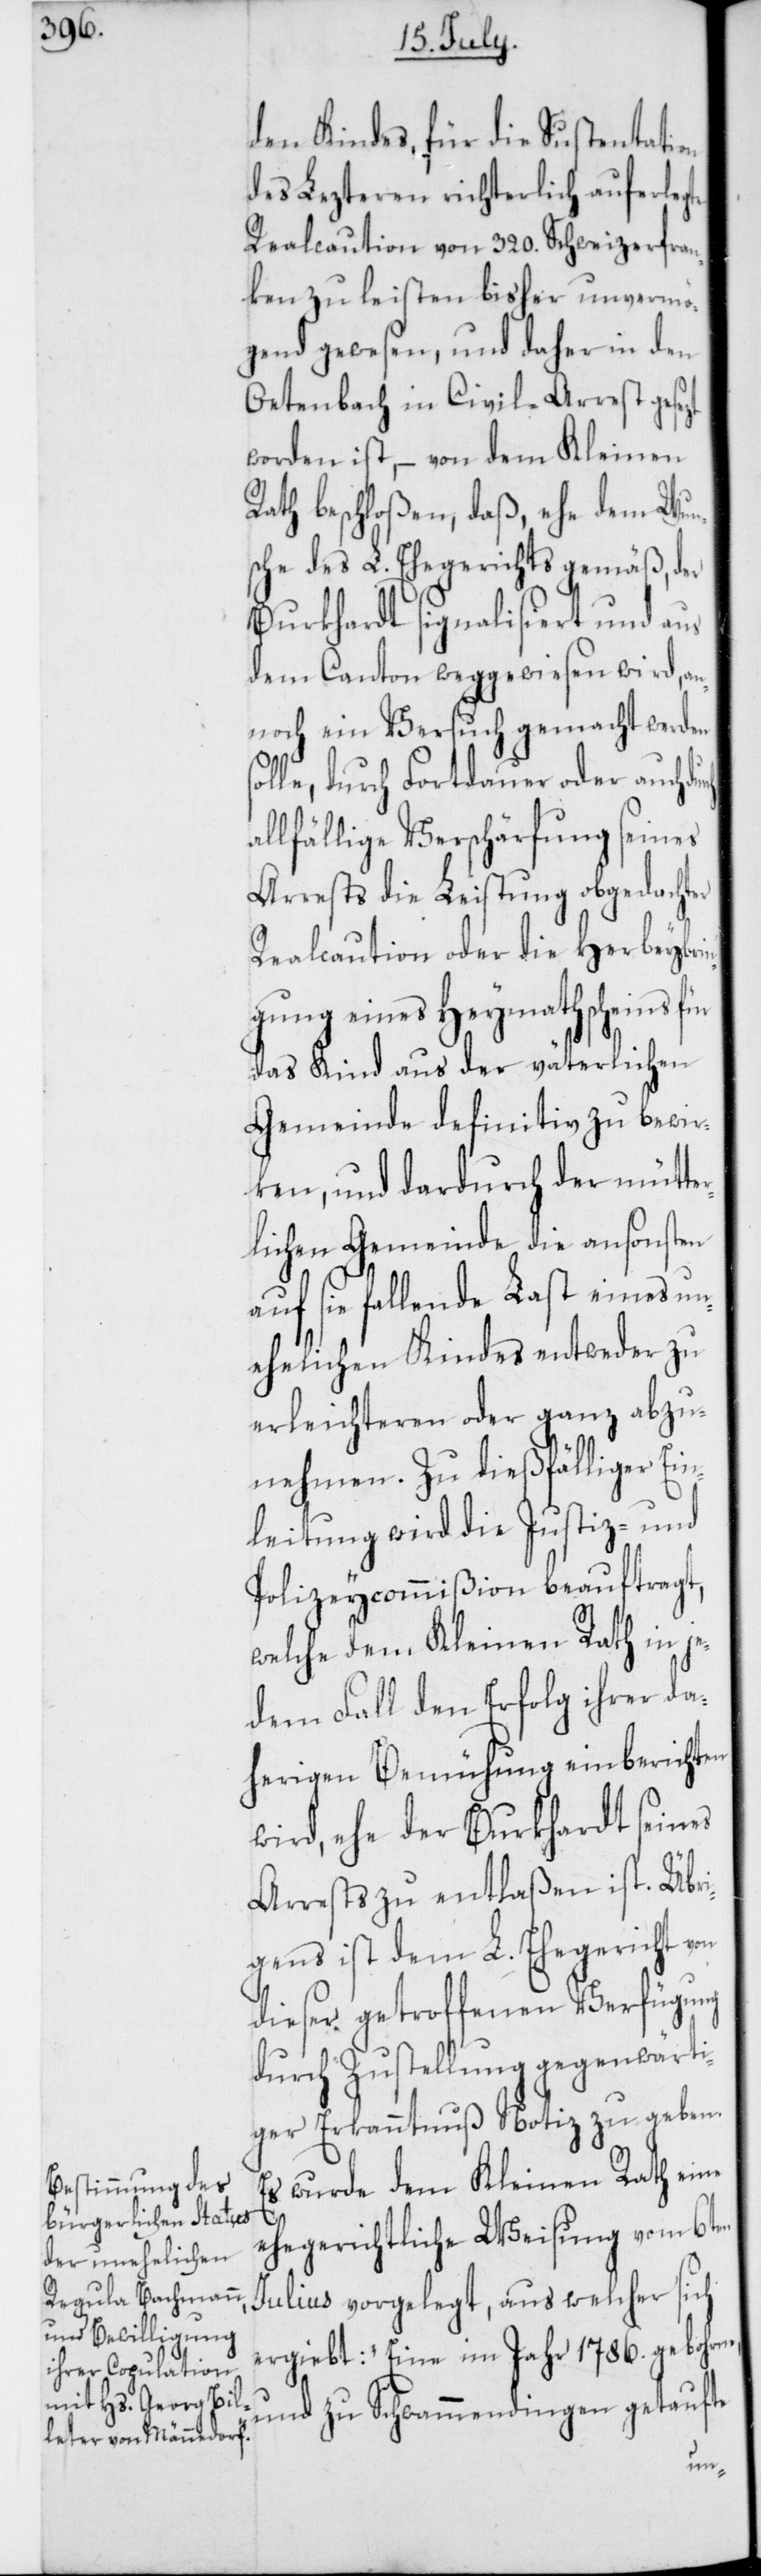
den Kindes, für die Sustentation
des Lezteren richterlich auferlegte
Realcaution von 320. Schweizerfran¬
ken zu leisten bisher unvermö¬
gend gewesen, und daher in den
Oetenbach in Civil-Arrest gesezt
worden ist, – von dem Kleinen
Rath beschloßen, daß, ehe dem Wun¬
sche des L. Ehegerichts gemäß, der
Burkhardt signalisiert und aus
dem Canton weggewiesen wird, an¬
noch ein Versuch gemacht werden
lle, durch Fortdauer oder auch
allfällige Verschärfung seines
Arrests die Leistung obgedachter
Realcaution oder die Herbeybri¬
ngung eines Heymathscheins für
das Kind aus der väterlichen
Gemeinde definitiv zu bewir¬
ken, und dardurch der mütte¬
rlichen Gemeinde die ansonsten
auf sie fallende Last eines un¬
ehelichen Kindes entweder zu
erleichteren oder ganz abzu¬
nehmen. Zu dießfälliger Ei¬
nleitung wird die Justiz- und
Polizeycommißion beauftragt,
welche dem Kleinen Rath in je¬
dem Fall den Erfolg ihrer da¬
herigen Bemühung einberichten
wird, ehe der Burkhardt seines
Arrests zu entlaßen ist. Übri¬
gens ist dem L. Ehegericht von
dieser getroffenen Verfügung
durch Zustellung gegenwärti¬
ger Erkanntnuß Notiz zu geben.
Es wurde dem Kleinen Rath eine
ehegerichtliche Weisung vom 6ten
Julius vorgelegt, aus welcher sich
ergiebt: „Eine im Jahr 1786. gebohrne
und zu Schwammendingen getaufte
so¬